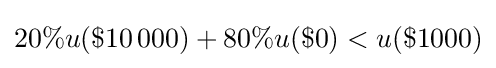
20\%u(\$10\,000)+80\%u(\$0)<u(\$1000)